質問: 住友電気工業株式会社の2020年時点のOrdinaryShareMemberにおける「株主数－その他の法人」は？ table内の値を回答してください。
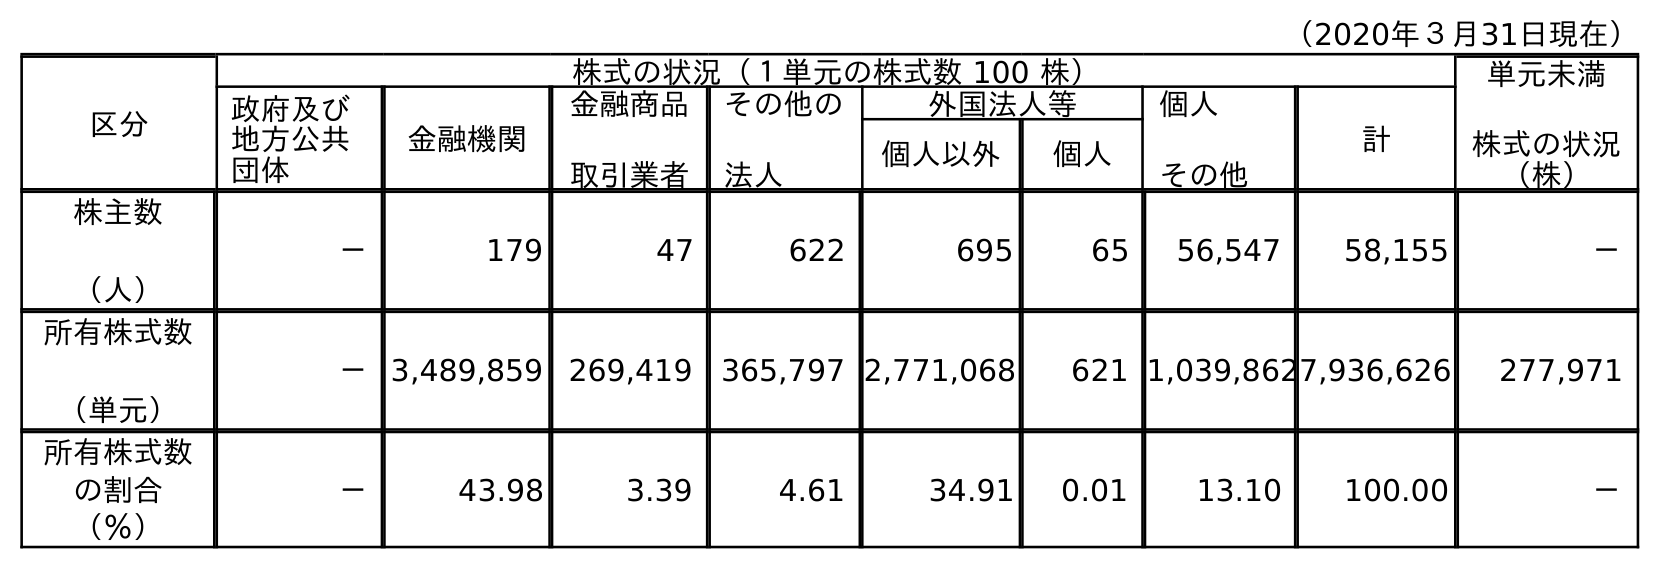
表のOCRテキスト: （2020年３月31日現在） 区分 株式の状況（１単元の株式数 100 株） 単元未満 株式の状況 （株） 政府及び 地方公共 団体 金融機関 金融商品 取引業者 その他の 法人 外国法人等 個人 その他 計 個人以外 個人 株主数 （人） － 179 47 622 695 65 56,547 58,155 － 所有株式数 （単元） －3,489,859 269,419 365,797 2,771,068 621 1,039,8627,936,626 277,971 所有株式数 の割合 （％） － 43.98 3.39 4.61 34.91 0.01 13.10 100.00 －
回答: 622